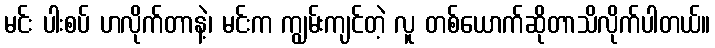
မင်း ပါးစပ် ဟလိုက်တာနဲ့၊ မင်းက ကျွမ်းကျင်တဲ့ လူ တစ်ယောက်ဆိုတာသိလိုက်ပါတယ်။